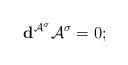
LaTeX: \begin{align*}\mathbf{d}^{\mathcal{A}^\sigma}\mathcal{A}^\sigma = 0;\end{align*}